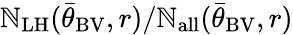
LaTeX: \mathbb{N}_{\mathrm{{LH}}}({\bar{{\theta}}}_{\mathrm{{BV}}},r)/\mathbb{N}_{\mathrm{{all}}}({\bar{{\theta}}}_{\mathrm{{BV}}},r)